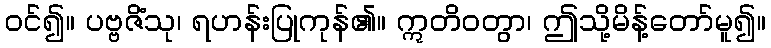
ဝင်၍။ ပဗ္ဗဇိံသု၊ ရဟန်းပြုကုန်၏။ ဣတိဝတွာ၊ ဤသို့မိန့်တော်မူ၍။